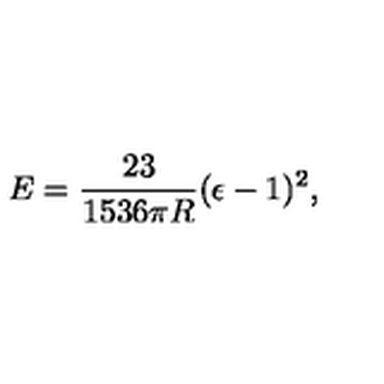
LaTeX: E = { \frac { 2 3 } { 1 5 3 6 \pi R } } ( \epsilon - 1 ) ^ { 2 } ,